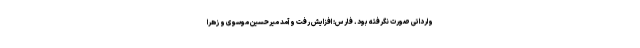
وارداتی صورت نگرفته بود. فارس: افزایش رفت و آمد میرحسین موسوی و زهرا